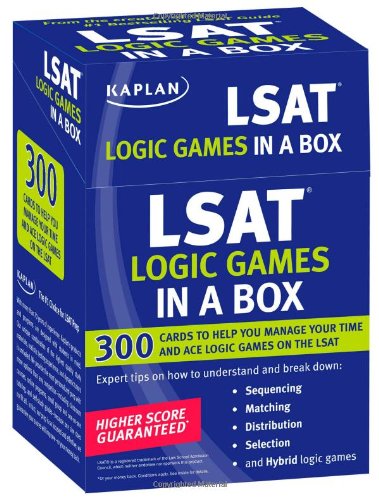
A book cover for Kaplan LSAT Logic Games in a Box; Education & Teaching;